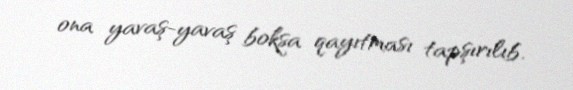
ona yavaş-yavaş boksa qayıtması tapşırılıb.